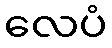
လေပံ